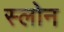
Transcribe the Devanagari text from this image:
स्‍लोन